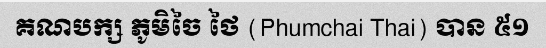
គណបក្ស ភូមិចៃ ថៃ (Phumchai Thai) បាន ៥១